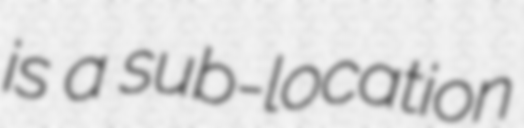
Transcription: is a sub-location